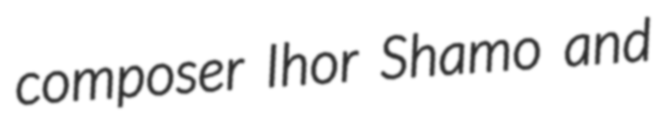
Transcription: composer Ihor Shamo and